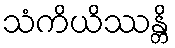
သံကိယိဿန္တိ